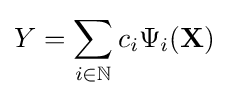
Y=\sum _{i\in \mathbb {N} }c_{i}\Psi _{i}(\mathbf {X} )